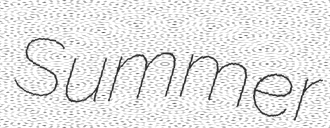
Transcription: Summer